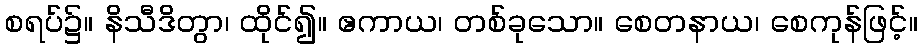
စရပ်၌။ နိသီဒိတွာ၊ ထိုင်၍။ ဧကာယ၊ တစ်ခုသော။ စေတနာယ၊ စေကုန်ဖြင့်။